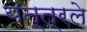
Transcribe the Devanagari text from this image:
यन्त्रले